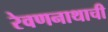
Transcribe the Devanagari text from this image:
रेवणनाथाची